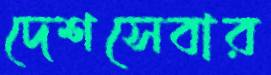
দেশসেবার